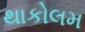
થાકોલમ